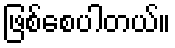
ဖြစ်စေပါတယ်။